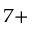
^ { 7 + }